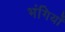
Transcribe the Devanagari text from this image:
भंगियाँ